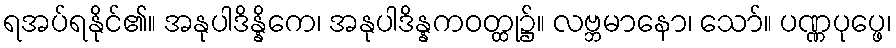
ရအပ်ရနိုင်၏။ အနုပါဒိန္နိကေ၊ အနုပါဒိန္နကဝတ္ထု၌။ လဗ္ဘမာနော၊ သော်။ ပဏ္ဏပုပ္ဖေ၊